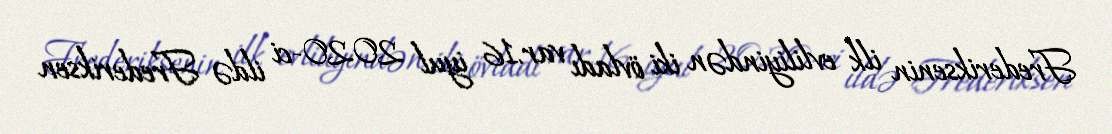
Frederiksenin ilk evliliyindən iki övladı var.16 iyul 2020-ci ildə Frederiksen